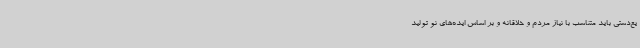
یع‌دستی باید متناسب با نیاز مردم و خلاقانه و بر اساس ایده‌های نو تولید